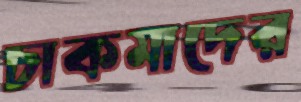
চাকমাদের